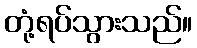
တုံ့ရပ်သွားသည်။